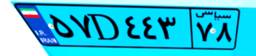
۵۷D۴۴۳۷۸